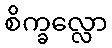
စိက္ခလ္လော